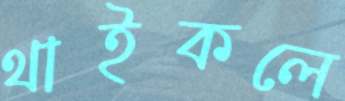
থাইকলে